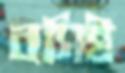
বসিই